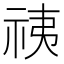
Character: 𰧷